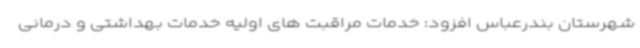
شهرستان بندرعباس افزود: خدمات مراقبت های اولیه خدمات بهداشتی و درمانی